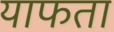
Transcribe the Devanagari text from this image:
याफता